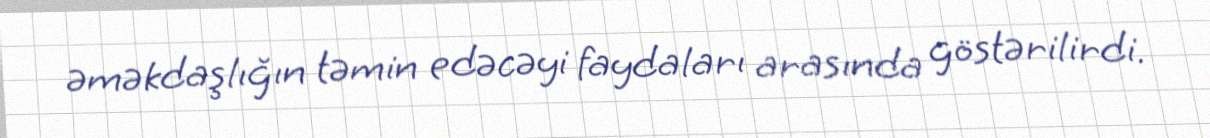
əməkdaşlığın təmin edəcəyi faydaları arasında göstərilirdi.